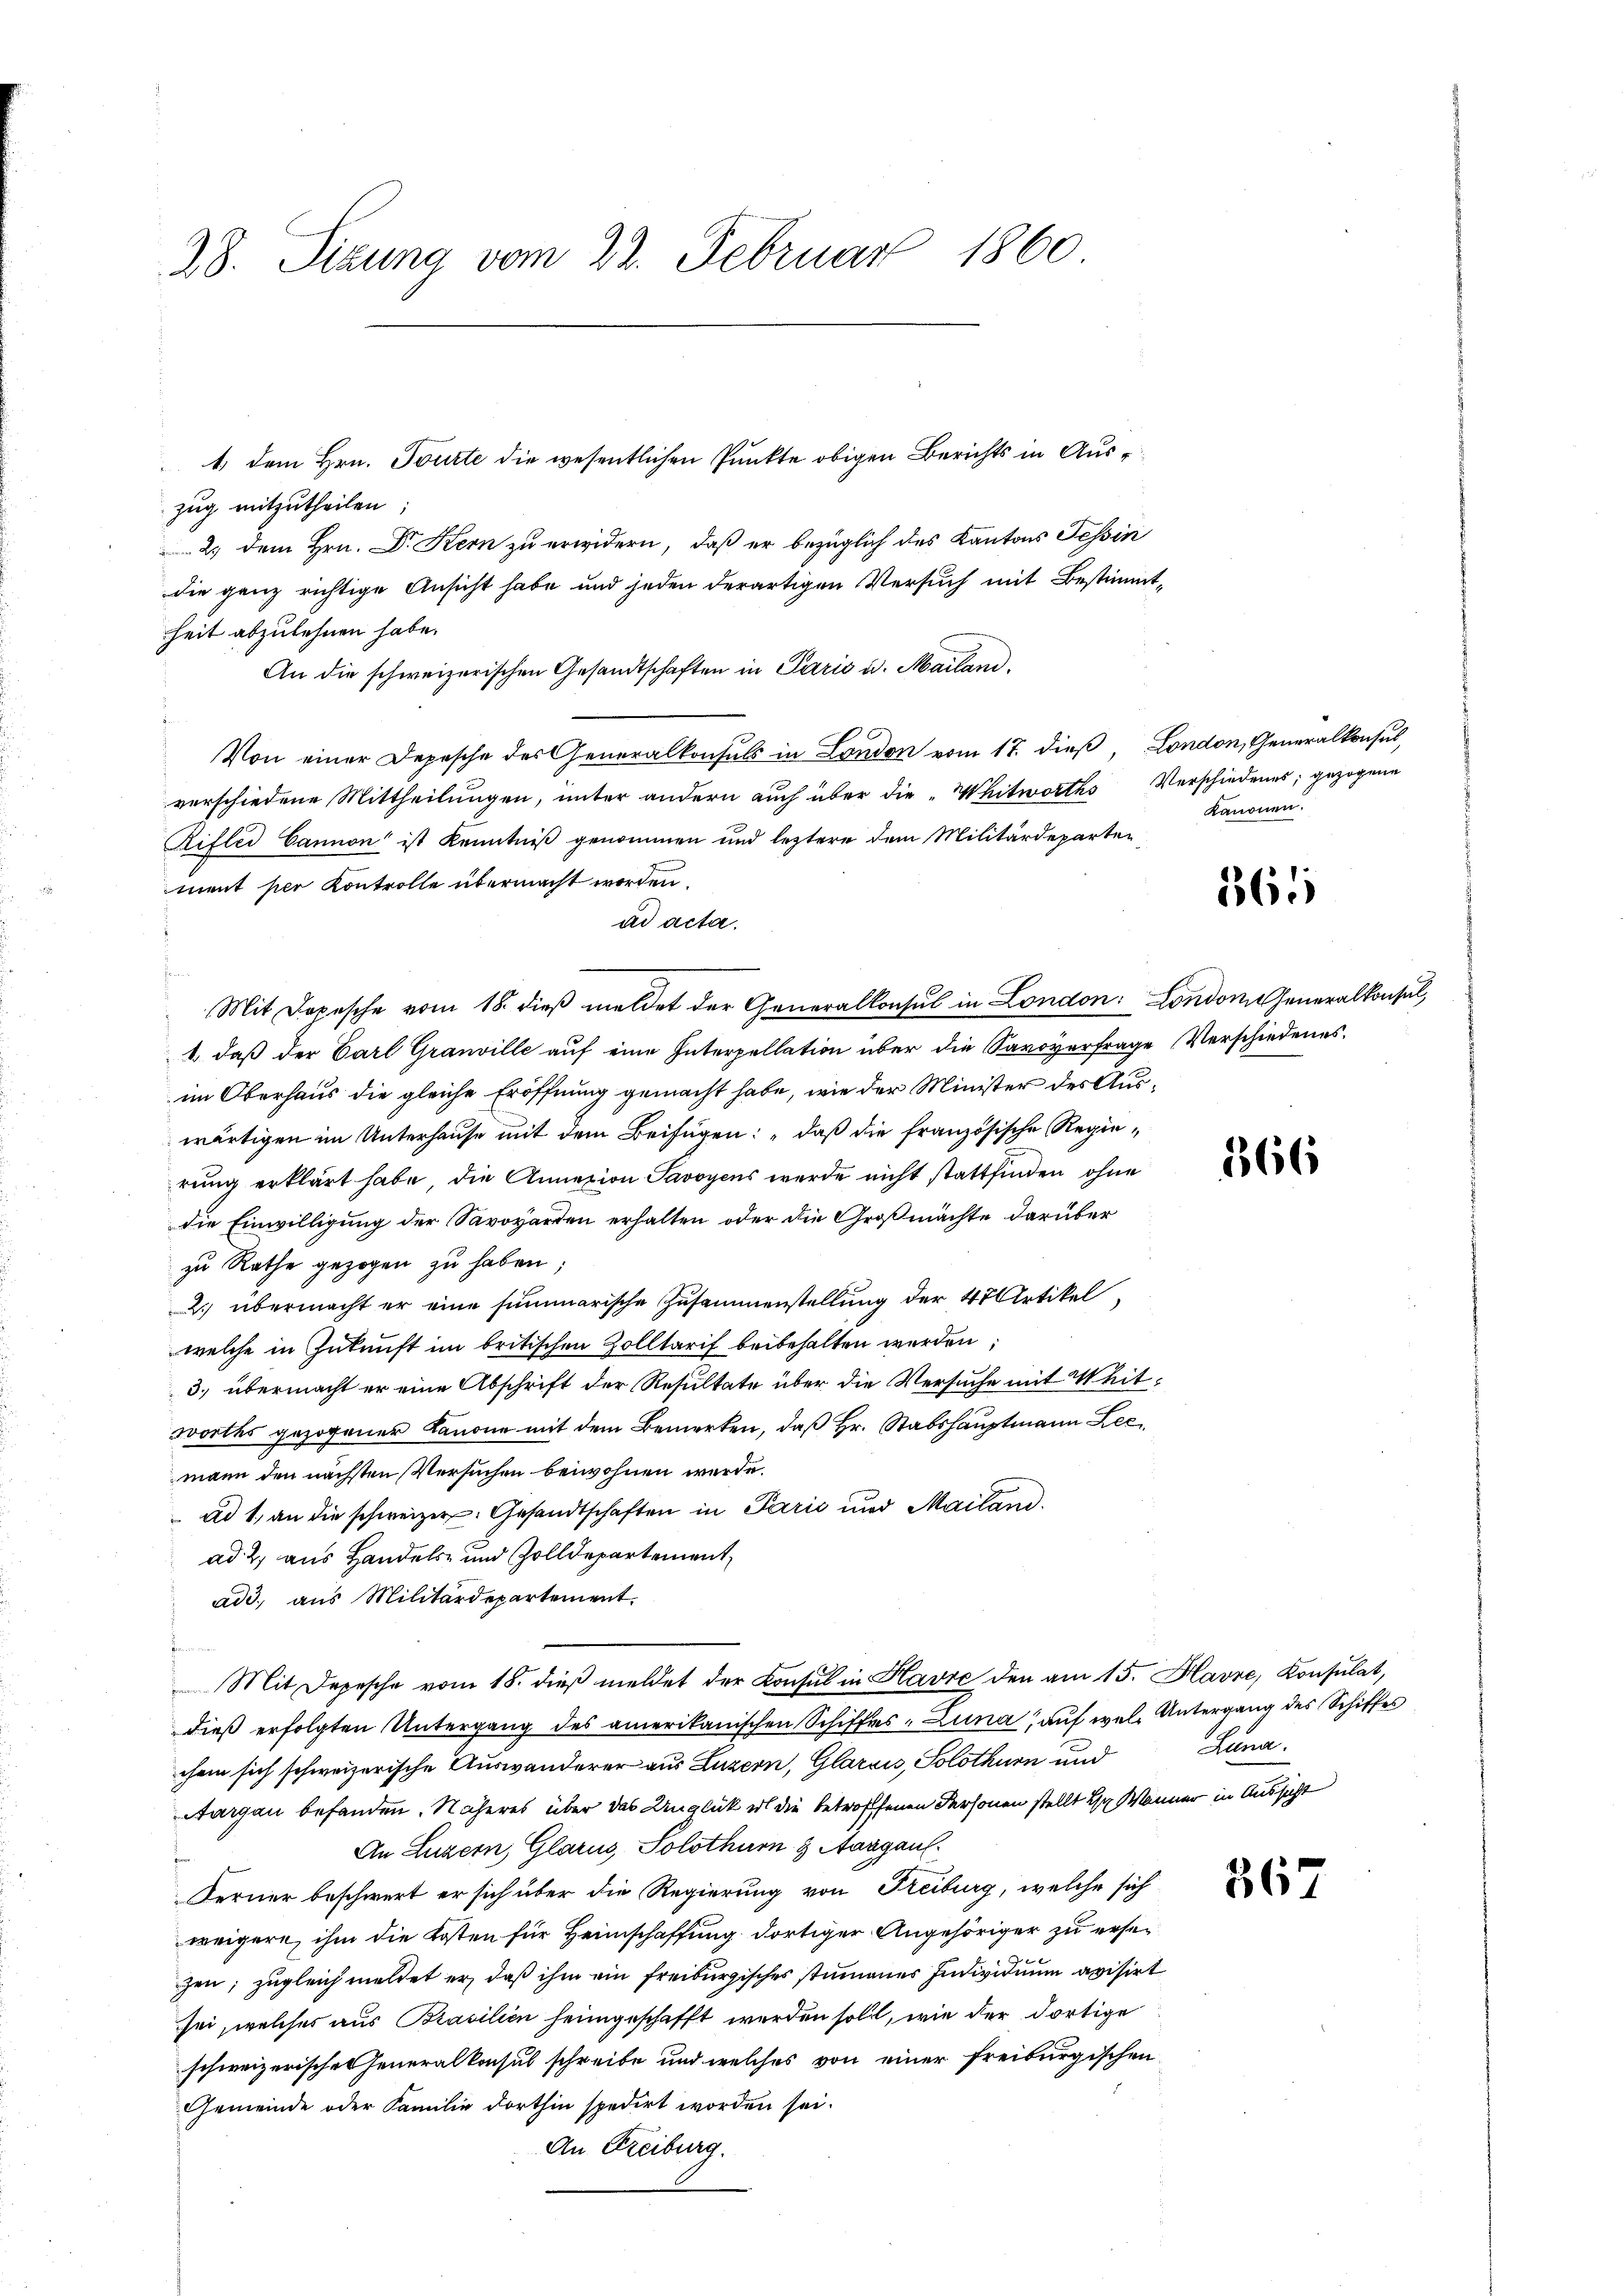
28. Sizung vom 22. Februar 1860

t. dem Hrn. Tourte die wesentlichen Punkte obigen Berichts in Auszug mitzutheilen;
2. dem Hrn. Dr Kern zu erwidern, daß er bezüglich des Kantons Tessin
die ganz richtige Ansicht habe und jeden derartigen Versuch mit Bestimmtheit abzulehnen habe.
An die schweizerischen Gesandtschaften in Paris u. Mailand,
Von einer Depesche des Generalkonsuls in London vom 17. dieß, London, Generalkonsul,
verschiedene Mittheilungen, unter andern auch über die „Whitworths Verschiedenes, gezogene
Rifler Cannon ist Kenntniß genommen und leztere dem Militärdeparten
ment per Kontrolle übermacht worden.
ad acta.
Mit Depesche vom 18. dieß meldet der Generalkonsul in London: London deneralkonsul,
1. daß der Carl Granville auf eine Interpellation über die Savoverfrage Verschiedenes.
im Oberhaus die gleiche Eröffnung gemacht habe, wie der Minister des Auswärtigen im Unterhause mit dem Beifügen: „daß die französische Regierung erklärt habe, die Annexion Savoyens werde nicht stattfinden ohne
die Einwilligung der Savoyarden erhalten oder die Großmächte darüber
zu Rathe gezogen zu haben;
2. übermacht er eine summarische Zusammenstellung der 47 Artikel
welche in Zukunft im britischen Zolltarif beibehalten werden,
3. übermacht er eine Abschrift der Resultate über die Versuche mit Weitwortes gezogener Kanone mit dem Bemerken, daß Hr. Stabshauptmann Lec
mann den nächsten Versuchen beiwohnen werde.
ad 1., an die schweizer. Gesandtschaften in Perić und Mailand.
ad 2, aus Handels- und Zolldepartement,
ade, aus Militärdepartement.
Mit Depesche vom 18. dieβ meldet der Consul in Havre den am 15. Havre, Konsulat,
dieß erfolgten Untergang des amerikanischen Schiffes-Lina, auf wel Untergang des Schiffes
chem sich schweizerische Auswanderer aus Luzern, Glarus, Solothurn und
Aargau befanden. Näheres über das Unglück ist die betroffenen Personen stellt ihr Männer in Aussicht
An Luzern, Glarus, Solothurn & Aargau.
Ferner beschwert er sich über die Regierung von Freiburg, welche sich
weigere, ihm die Kosten für Heimschaffung dortiger Angehöriger zu ersezen; zugleich meldet er, daß ihm ein freiburgisches stimmenes Individuum avisirt
sei, welches aus Brasilien heimgeschafft werden sollt, wie der dortige
schweizerisches Generalkonsul schreibe und welches von einer freiburgischen
Gemeinde oder Familie dorthin spedirt worden sei.
An Freiburg.

kanonen.

265

166

Luna.

367